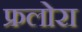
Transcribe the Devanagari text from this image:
फ्रलोरा